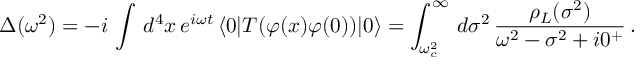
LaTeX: \Delta ( \omega ^ { 2 } ) = - i \, \int \, d ^ { 4 } x \, e ^ { i \omega t } \, \langle 0 | T ( \varphi ( x ) \varphi ( 0 ) ) | 0 \rangle = \int _ { \omega _ { c } ^ { 2 } } ^ { \infty } \, d \sigma ^ { 2 } \, \frac { \rho _ { L } ( \sigma ^ { 2 } ) } { \omega ^ { 2 } - \sigma ^ { 2 } + i 0 ^ { + } } \, .